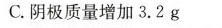
C.阴极质量增加3.2g